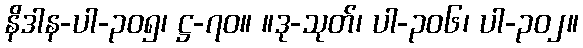
နိဒါန-ပါ-၃၀၅၊ ဋ္ဌ-၇၀။ ။ဒု-သုတ်၊ ပါ-၃၀၆၊ ပါ-၃၀၂။